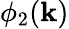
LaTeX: \phi_{2}(\mathbf{k})